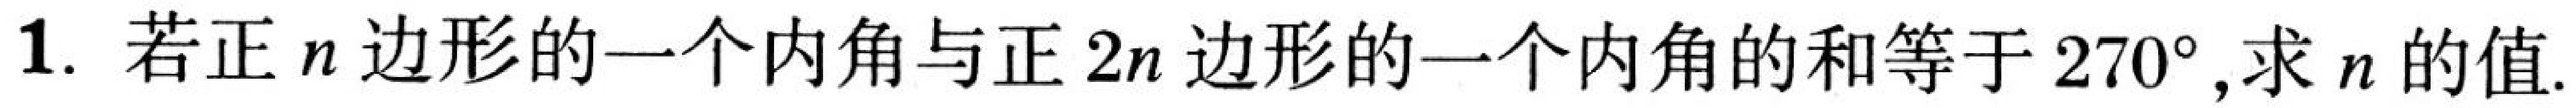
1. 若正\(n\)边形的一个内角与正\(2n\)边形的一个内角的和等于\(270^{\circ}\),求\(n\)的值.